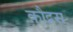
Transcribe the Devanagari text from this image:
क़ौद्रस